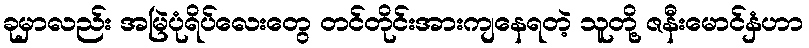
ခုမှာလည်း အမြဲပုံရိပ်လေးတွေ တင်တိုင်းအားကျနေရတဲ့ သူတို့ ဇနီးမောင်နှံဟာ